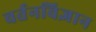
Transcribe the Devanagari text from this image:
वर्तनविज्ञान